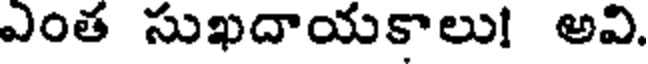
ఎంత సుఖదాయకాలు! అవి.